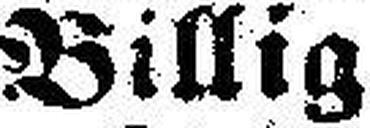
Billig